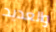
والعديد